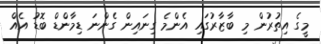
މީގެ އިތުރުން މި ބާޒާރުގައި އެންމެ ގިނައިން ގެންނަ ޑިމާންޑް ބޮޑު އެއް